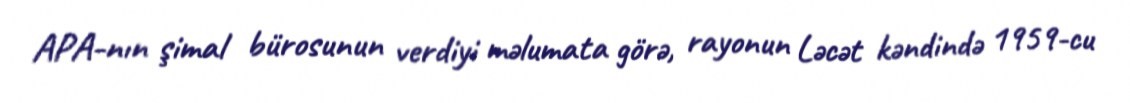
APA-nın şimal bürosunun verdiyi məlumata görə, rayonun Ləcət kəndində 1959-cu